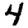
Digit: 4